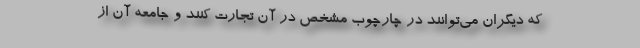
که دیگران می‌توانند در چارچوب مشخص در آن تجارت کنند و جامعه آن از